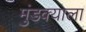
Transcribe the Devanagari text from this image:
मुंडक्याला